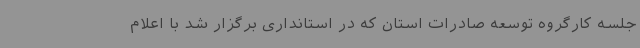
جلسه کارگروه توسعه صادرات استان که در استانداری برگزار شد با اعلام